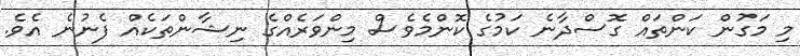
މި މަގުން ކަންތައް ގޮސްދާނެ ކަމުގެ ކޮންމެވެސް މިންވަރެއްގެ ނިޝާންތަކެއް ފެނުނެ އެވެ.